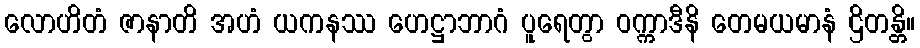
လောဟိတံ ဇာနာတိ အဟံ ယကနဿ ဟေဋ္ဌာဘာဂံ ပူရေတွာ ဝက္ကာဒီနိ တေမယမာနံ ဌိတန္တိ။